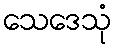
သေဒေသုံ